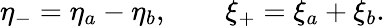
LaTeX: \eta_{-}=\eta_{a}-\eta_{b},\qquad\xi_{+}=\xi_{a}+\xi_{b}.